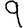
Digit: 9